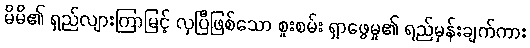
မိမိ၏ ရှည်လျားကြာမြင့် လှပြီဖြစ်သော စူးစမ်း ရှာဖွေမှု၏ ရည်မှန်းချက်ကား